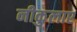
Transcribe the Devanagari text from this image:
नीकुलाए